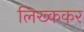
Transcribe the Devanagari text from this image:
लिख्ककर